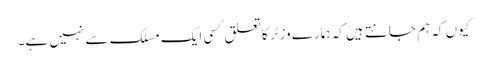
کیوں کہ ہم جانتے ہیں کہ ہمارے وزٹر کا تعلق کسی ایک مسلک سے نہیں ہے۔